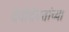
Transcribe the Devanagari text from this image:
देवीदेवतांच्या